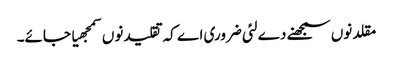
مقلد نو‏‏ں سمجھنے دے لئی ضروری اے کہ تقلید نو‏‏ں سمجھیا جائے۔